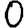
Digit: 0